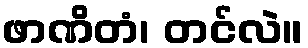
ဖာဏိတံ၊ တင်လဲ။